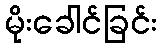
မိုးခေါင်ခြင်း